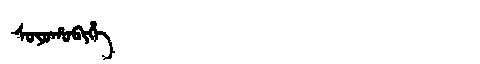
Manchu: ᠰᠣᠶᠣᡥᠣᠪᡳᡥᡝ
Romanization: SOYOHOBIHE